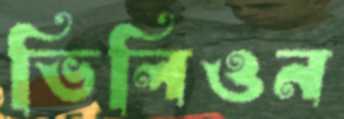
ভিলিওন